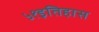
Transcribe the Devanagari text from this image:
५१इतिहास